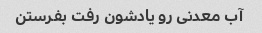
آب معدنی رو یادشون رفت بفرستن